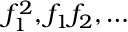
f _ { 1 } ^ { 2 } , f _ { 1 } f _ { 2 } , \dots